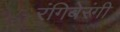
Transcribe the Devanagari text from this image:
रंगिबेरंगी